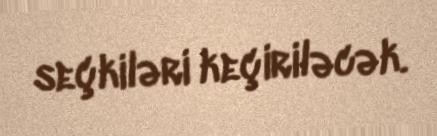
seçkiləri keçiriləcək.